Indian journal of veterinary science and animal husbandry - Volume 8,
Year: 1938
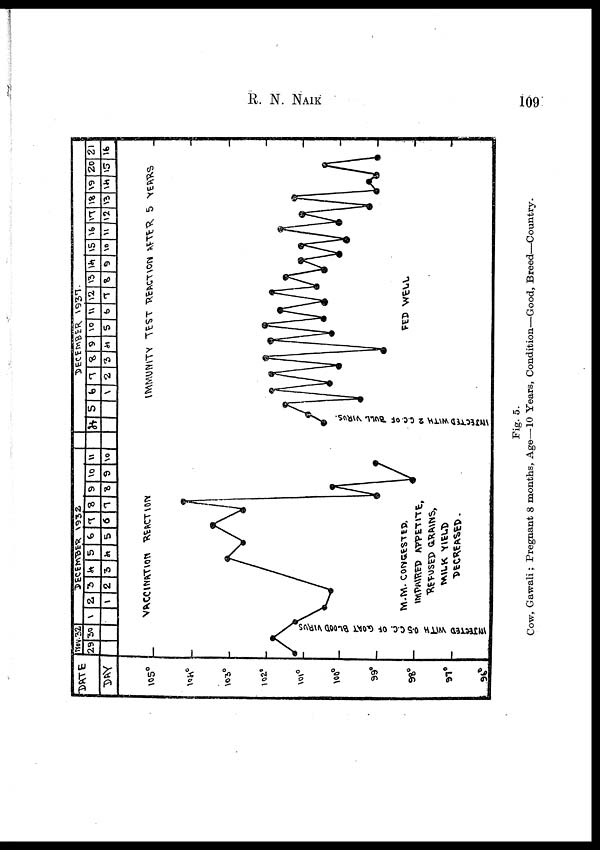
R. N.
NAIK
109
Fig. 5.
Cow, Gawali; Pregnant 8 months, Age—10 Years, Condition—Good, Breed—Country.